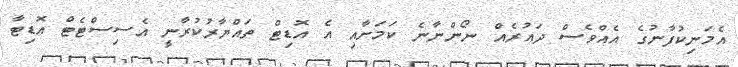
އެމަނިކުފާނުގެ އެއްވެސް ދައުރެއް ނޯންނާނެ ކަމަށާއި އެ އޮޑިޓް ތައްޔާރުކުރާނީ އެސިސްޓެޓް އޮޑިޓާ